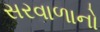
સરવાળાનો